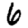
Digit: 6